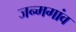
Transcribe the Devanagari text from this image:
जन्मगांव